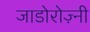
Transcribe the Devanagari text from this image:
जाडोरोज़्नी